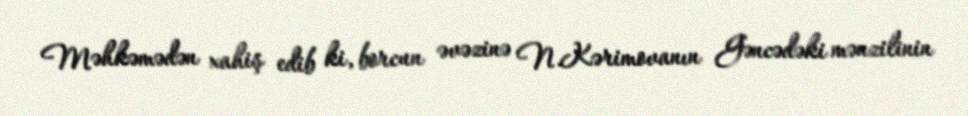
Məhkəmədən xahiş edib ki, borcun əvəzinə N.Kərimovanın Gəncədəki mənzilinin